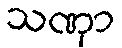
သဏှာ